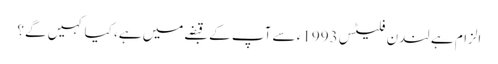
الزام ہے لندن فلیٹس 1993ء سے آپ کے قبضےمیں ہے، کیا کہیں گے؟